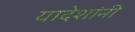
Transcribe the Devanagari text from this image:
यादेशांनी